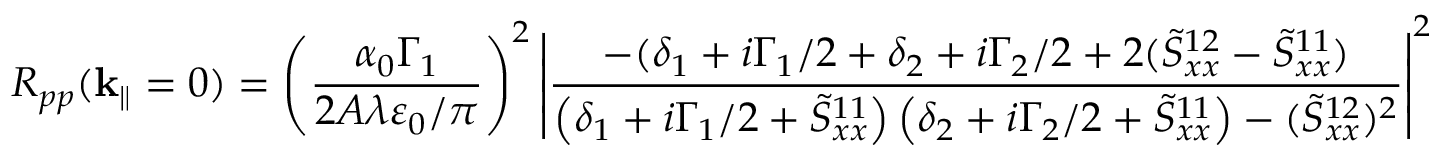
R _ { p p } ( \mathbf { k } _ { \| } = 0 ) = \left( \frac { \alpha _ { 0 } \Gamma _ { 1 } } { 2 A \lambda \varepsilon _ { 0 } / \pi } \right) ^ { 2 } \left| \frac { - ( \delta _ { 1 } + i \Gamma _ { 1 } / 2 + \delta _ { 2 } + i \Gamma _ { 2 } / 2 + 2 ( \tilde { S } _ { x x } ^ { 1 2 } - \tilde { S } _ { x x } ^ { 1 1 } ) } { \left( \delta _ { 1 } + i \Gamma _ { 1 } / 2 + \tilde { S } _ { x x } ^ { 1 1 } \right) \left( \delta _ { 2 } + i \Gamma _ { 2 } / 2 + \tilde { S } _ { x x } ^ { 1 1 } \right) - ( \tilde { S } _ { x x } ^ { 1 2 } ) ^ { 2 } } \right| ^ { 2 }